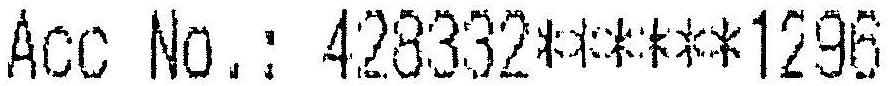
ACC NO.: 428332******1296